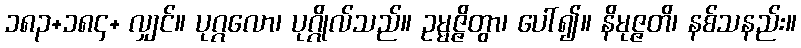
၁၈၃+၁၈၄+ လျှင်။ ပုဂ္ဂလော၊ ပုဂ္ဂိုလ်သည်။ ဥမ္မဇ္ဇိတွာ၊ ပေါ်၍။ နိမုဇ္ဇတိ၊ နစ်သနည်း။